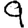
Digit: 9